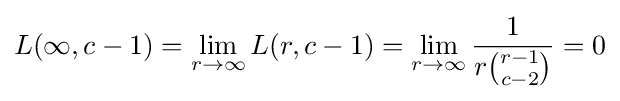
L(\infty ,c-1)=\lim _{r\to \infty }L(r,c-1)=\lim _{r\to \infty }{\frac {1}{r{r-1 \choose c-2}}}=0